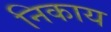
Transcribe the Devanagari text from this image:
निकाय